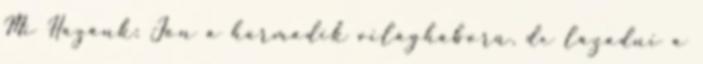
Mi Hazánk: Jön a harmadik világháború, de lázadni a